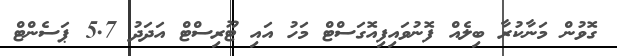
ގޮވުން މަނާކުރާ ބިލެއް ފޮނުވައިފިއޮގަސްޓް މަހު އައި ޓޫރިސްޓް އަދަދު 5.7 ޕަސެންޓް